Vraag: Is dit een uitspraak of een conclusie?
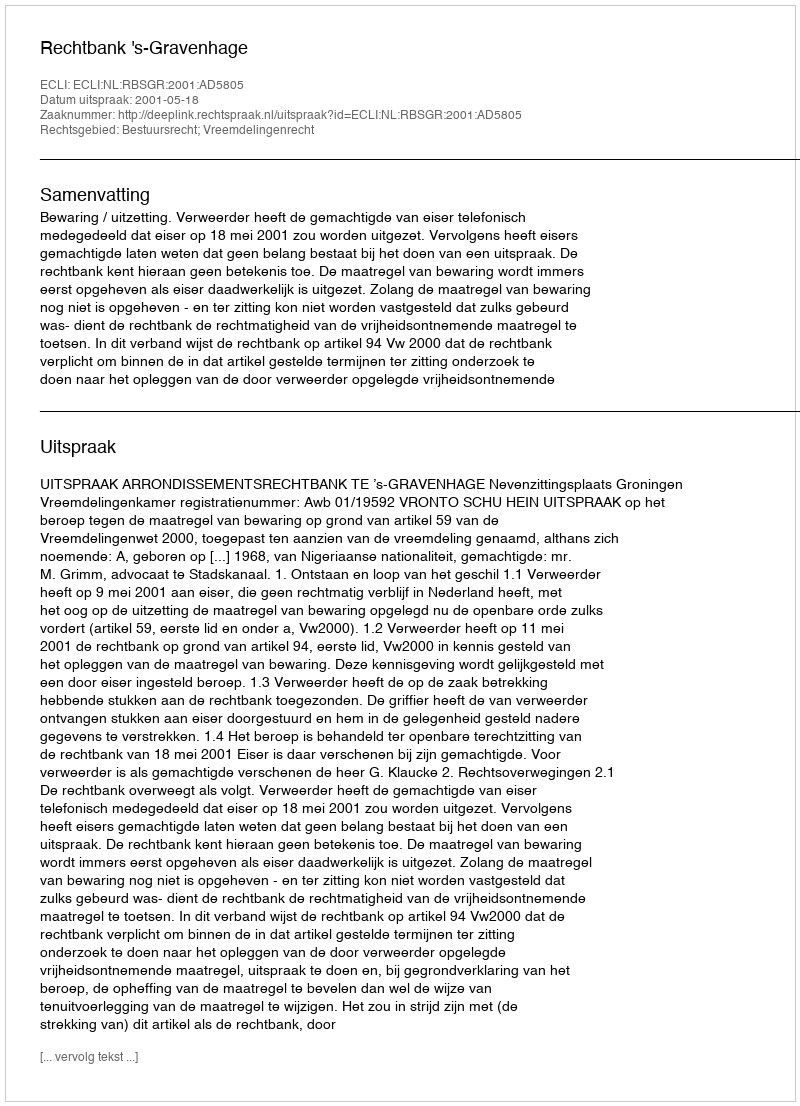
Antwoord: Uitspraak